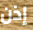
إذن